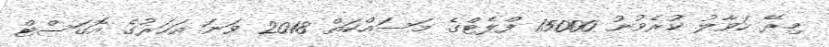
މިރޭ ހަވާލު ކުރެވުނު 15000 ފްލެޓްގެ މަސައްކަތް 2018 ވަނަ އަހަރުގެ އޮގަސްޓް